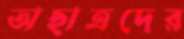
অছাত্রদের